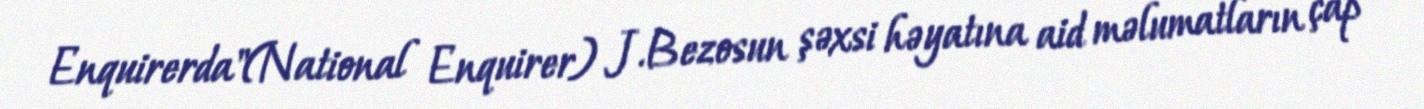
Enquirerda"(National Enquirer) J.Bezosun şəxsi həyatına aid məlumatların çap